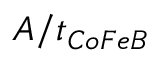
A / t _ { C o F e B }